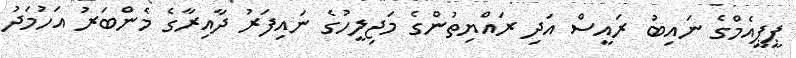
ޕީޕީއެމްގެ ނައިބު ރައީސް އަދި ރައްޔިތުންގެ މަޖިލީހުގެ ނައިފަރު ދާއިރާގެ މެންބަރު އަހުމަދު